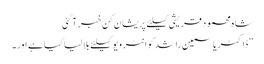
شاہ محمود قریشی کیلئے پریشان کن خبر آ گئی
”ڈاکٹر یاسمین راشد کو انٹرویو کیلئے بلا لیا گیا ہے اور۔